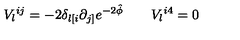
V _ { l } { } ^ { i j } = - 2 \delta _ { l [ i } \partial _ { j ] } e ^ { - 2 \hat { \phi } } \qquad V _ { l } { } ^ { i 4 } = 0